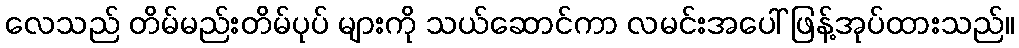
လေသည် တိမ်မည်းတိမ်ပုပ် များကို သယ်ဆောင်ကာ လမင်းအပေါ် ဖြန့်အုပ်ထားသည်။